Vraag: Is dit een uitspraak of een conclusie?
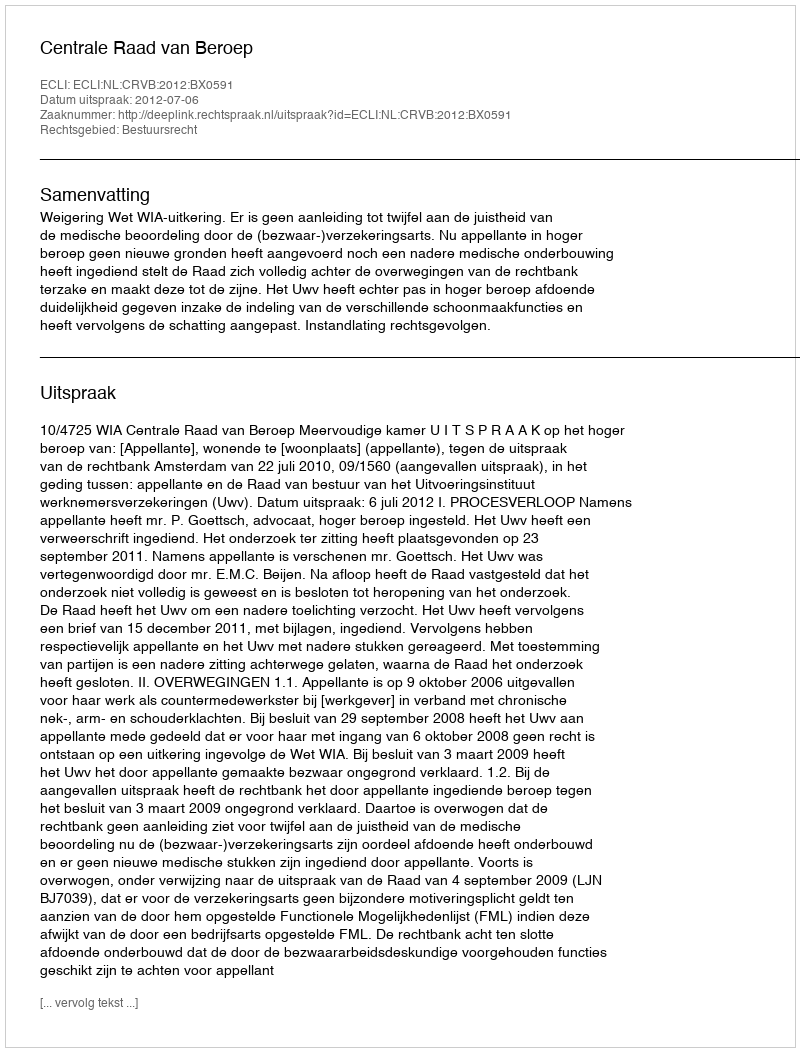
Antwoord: Uitspraak